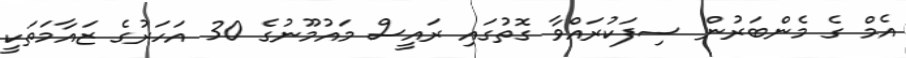
އެމް ގެ މެންބަރުން ސިފަކުރައްވާ ގޮތުގައި ރައީސް މައުމޫނުގެ 30 އަހަރުގެ ޒައާމަތަކީ